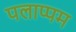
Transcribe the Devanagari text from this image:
पलाप्पम